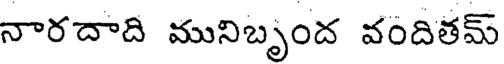
నారదాది మునిబృంద వందితమ్